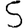
Digit: 5